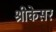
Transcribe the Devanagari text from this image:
श्रीकेसर